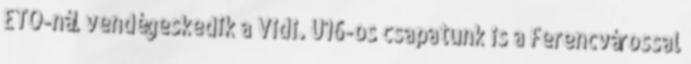
ETO-nál vendégeskedik a Vidi. U16-os csapatunk is a Ferencvárossal